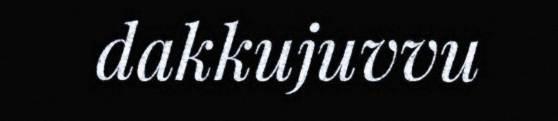
dakkujuvvu